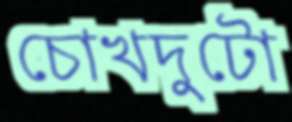
চোখদুটো